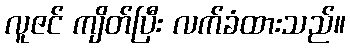
လူဇင် ကျိတ်ပြီး လက်ခံထားသည်။